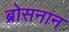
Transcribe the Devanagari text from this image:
ब्रोसनान